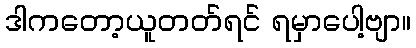
ဒါကတော့ယူတတ်ရင် ရမှာပေါ့ဗျာ။